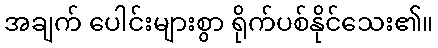
အချက် ပေါင်းများစွာ ရိုက်ပစ်နိုင်သေး၏။